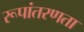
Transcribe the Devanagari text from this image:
रूपांतरणता